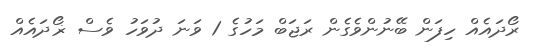
ރޯދައެއް ހިފަން ބޭނުންވެގެން ރަޖަބް މަހުގެ 1 ވަނަ ދުވަހު ވެސް ޜޯދައެއް